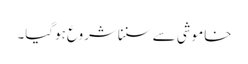
خاموشی سے سنناشروع ہوگیا۔